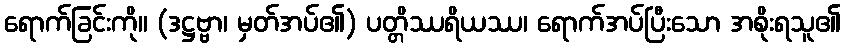
ရောက်ခြင်းကို။ (ဒဋ္ဌဗ္ဗာ၊ မှတ်အပ်၏) ပတ္တိဿရိယဿ၊ ရောက်အပ်ပြီးသော အစိုးရသူ၏